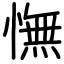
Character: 憮